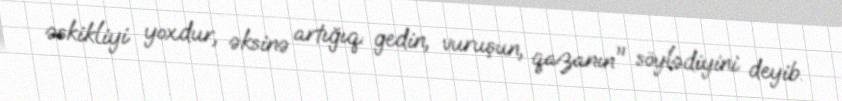
əskikliyi yoxdur, əksinə artığıq: gedin, vuruşun, qazanın" söylədiyini deyib.